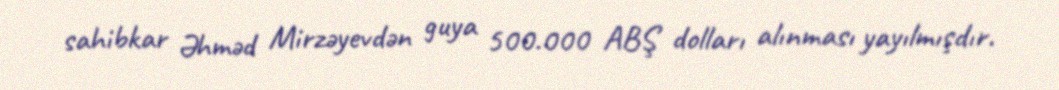
sahibkar Əhməd Mirzəyevdən guya 500.000 ABŞ dolları alınması yayılmışdır.